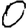
Digit: 0